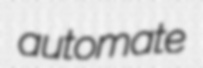
automate